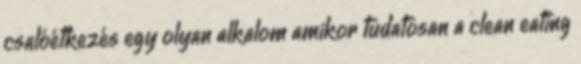
csalóétkezés egy olyan alkalom amikor tudatosan a clean eating